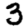
Digit: 3